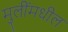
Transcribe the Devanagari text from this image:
मुलींमधील